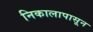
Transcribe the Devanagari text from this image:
निकालापासून